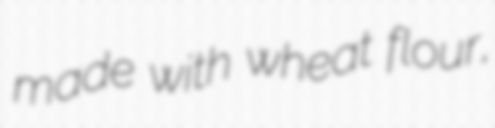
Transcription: made with wheat flour,